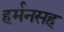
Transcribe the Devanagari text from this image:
हर्मनसह